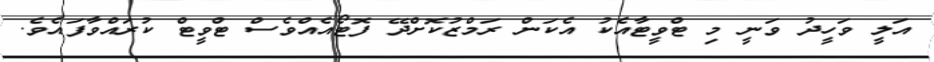
އަލީ ވަހީދު ވަނީ މި ޓްވީޓާއެކު އެކަން ރަމްޒުކޮށްދޭ ފޮޓޯއެއްވެސް ޓްވީޓް ކުރައްވާފައެވެ.